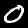
Label: 0